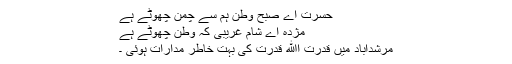
حسرت اے صبح وطن ہم سے چمن چھوٹے ہے
مژدہ اے شام غریبی کہ وطن چھوٹے ہے
مرشدآباد میں قدرت اﷲ قدرت کی بہت خاطر مدارات ہوئی ۔